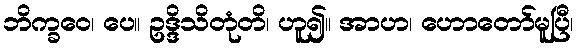
ဘိက္ခဝေ၊ ပေ။ ဥဒ္ဒိသိတုံတိ၊ ဟူ၍။ အာဟ၊ ဟောတော်မူပြီ၊